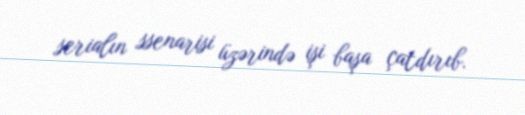
serialın ssenarisi üzərində işi başa çatdırıb.